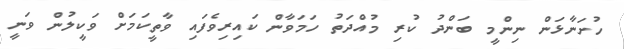
ހުށަނާޅަން ނިންމީ ބަންދު ކުރި މުއްދަތު ހަމަވާން ކައިރިވެފައި ވާތީކަމަށް ވަކީލުން ވަނީ